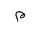
Letter: _mim